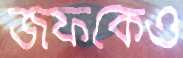
জফকেও